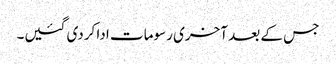
جس کے بعد آخری رسومات ادا کردی گئیں۔